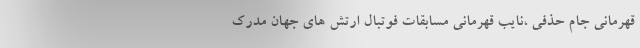
قهرمانی جام حذفی ،‌نایب قهرمانی مسابقات فوتبال ارتش های جهان مدرک